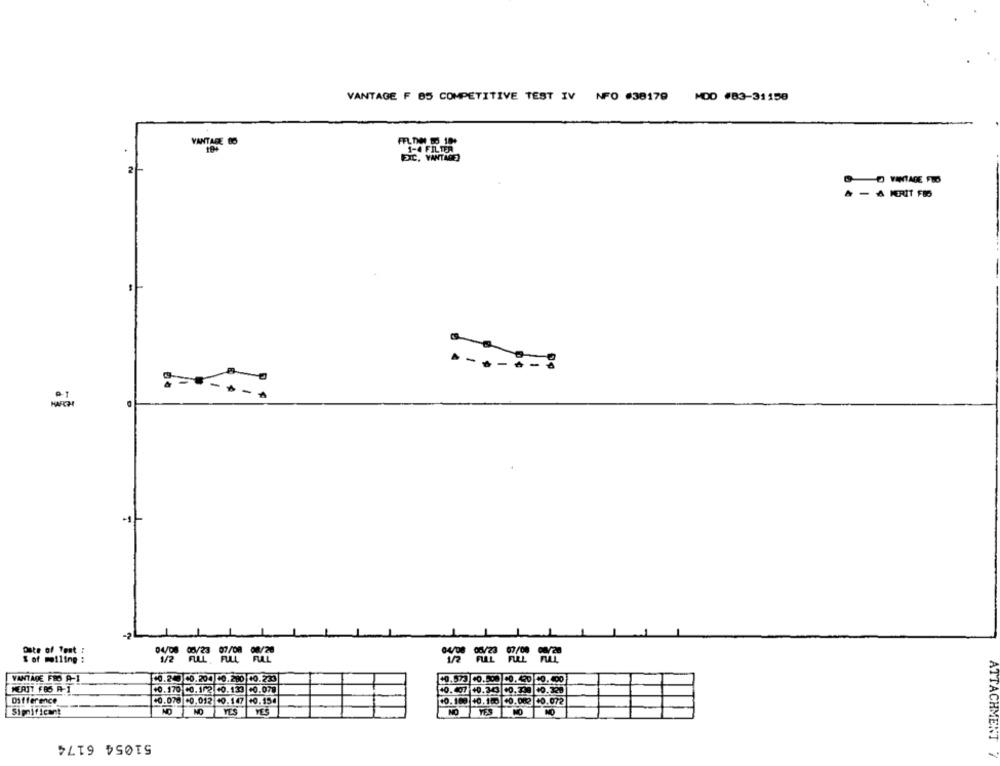
VANTAGE F 85 COMPETITIVE TEST IV NFO #38179 MOD #83-31158
VANTARE BO
1-4 FILTER
ZIC, VANTAGE)
2
O VINTAGE FUO
MARCH
Oste of Test :
04/08
$ of meiling :
1/2
VANTAGE FRO A-1
10.20 00.204 10.210 10.233
.573 40.000
10.490
CO. 400
MEAJT F85 A-1
+0.170 00. 1/2 00.133 00.079
Difference
+0.078 -0,012 +0.147 +0.154
10.163
10.100 10.082 00.072
Significant
NO
YES
YES
NO
YES
51054 6174
ATTACHMENT